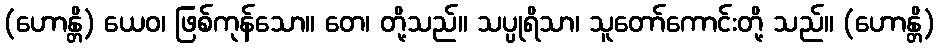
(ဟောန္တိ) ယေဝ၊ ဖြစ်ကုန်သော။ တေ၊ တို့သည်။ သပ္ပုရိသာ၊ သူတော်ကောင်းတို့ သည်။ (ဟောန္တိ)